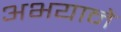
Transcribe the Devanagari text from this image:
अभयाने